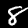
Label: 8